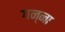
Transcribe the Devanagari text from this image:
गन्‍ना